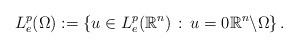
LaTeX: \begin{align*}L_{e}^{p}(\Omega) := \left\{ u \in L_{e}^{p}(\mathbb{R}^{n}) \, : \, u = 0 \mathbb{R}^{n}\backslash\Omega \right\}.\end{align*}